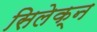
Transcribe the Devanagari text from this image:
सिलेक्न